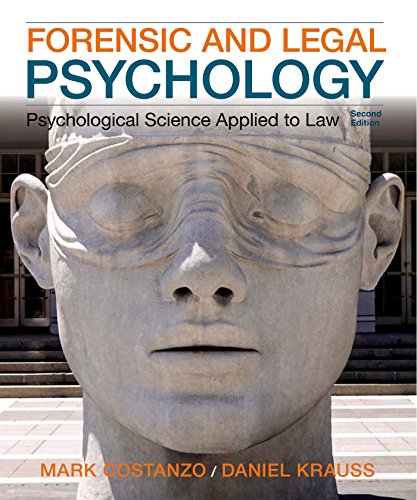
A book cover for Forensic and Legal Psychology: Psychological Science Applied to Law, 2nd Edition; Mark Costanzo; Medical Books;